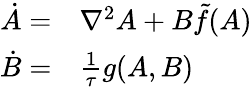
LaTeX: \begin{array}{rl}{\dot{A}=}&{{}\nabla^{2}A+B\tilde{f}(A)}\\ {\dot{B}=}&{{}\frac{1}{\tau}g(A,B)}\end{array}